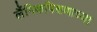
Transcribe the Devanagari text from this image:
लैंगिकषिक्षणाच्या